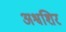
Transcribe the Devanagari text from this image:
अश्वशिर